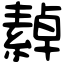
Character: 繛